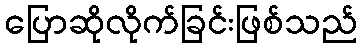
ပြောဆိုလိုက်ခြင်းဖြစ်သည်